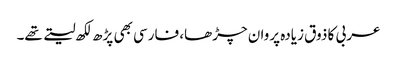
عربی کا ذوق زیادہ پروان چڑھا، فارسی بھی پڑھ لکھ لیتے تھے۔